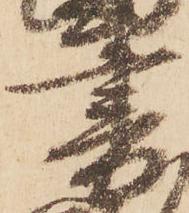
書